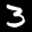
Label: 3